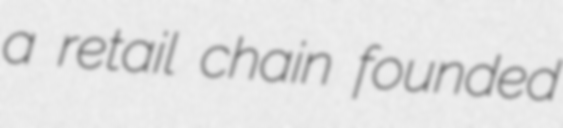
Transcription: a retail chain founded